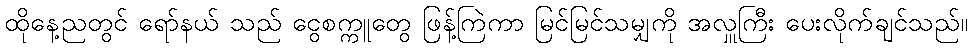
ထိုနေ့ညတွင် ရော်နယ် သည် ငွေစက္ကူတွေ ဖြန့်ကြဲကာ မြင်မြင်သမျှကို အလှူကြီး ပေးလိုက်ချင်သည်။